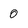
Character: 0